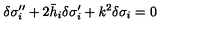
\delta \sigma _ { i } ^ { \prime \prime } + 2 \bar { h } _ { i } \delta \sigma _ { i } ^ { \prime } + k ^ { 2 } \delta \sigma _ { i } = 0